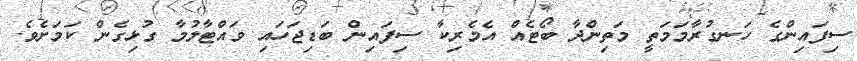
ސިފައިންގެ ހަނގުރާމަމަތީ މަތިންދާ ބޯޓެއް އެމެރިކާ ސިފައިން ބަޑިޖަހައި ވައްޓާލުމާ ގުޅިގެން ކަމަށެވެ.